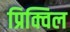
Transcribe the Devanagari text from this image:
प्रिक्विल